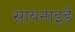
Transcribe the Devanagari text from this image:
सायनाइडे